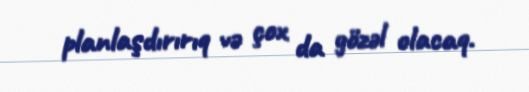
planlaşdırırıq və çox da gözəl olacaq.